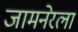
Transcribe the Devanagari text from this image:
जामनेरला